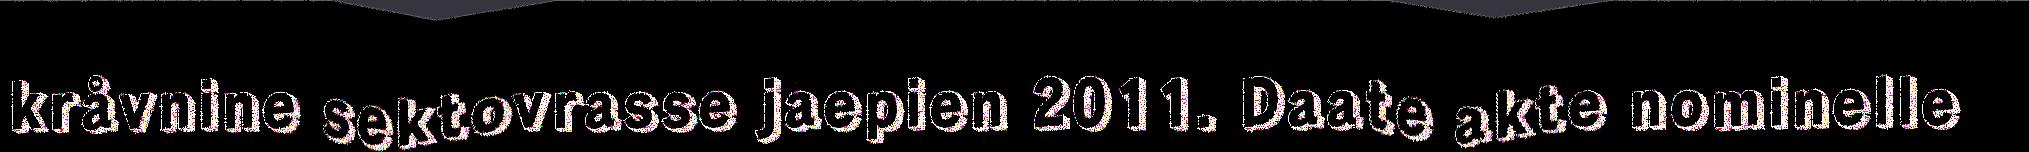
kråvnine sektovrasse jaepien 2011. Daate akte nominelle